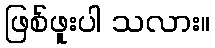
ဖြစ်ဖူးပါ သလား။